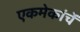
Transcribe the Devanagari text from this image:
एकमेकांचें